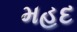
મહદ